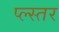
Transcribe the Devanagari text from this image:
प्ल्स्तर